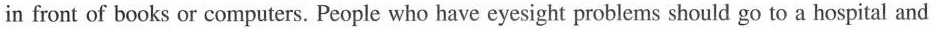
in front of books or computers. People who have eyesight problems should go to a hospital and